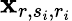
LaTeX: \mathbf{x}_{r,s_{i},r_{i}}